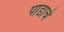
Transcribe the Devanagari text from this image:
पाडाचे